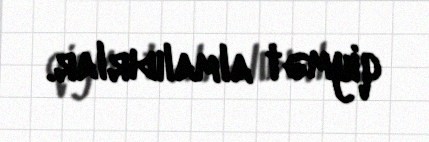
qiymət almalıdırlar.